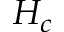
H _ { c }